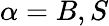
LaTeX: \alpha=B,S